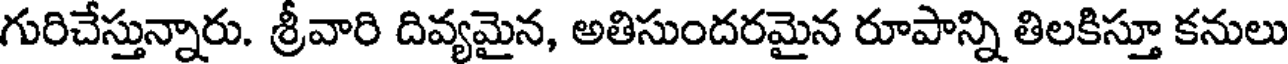
గురిచేస్తున్నారు. శ్రీవారి దివ్యమైన, అతిసుందరమైన రూపాన్ని తిలకిస్తూ కనులు